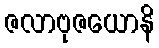
ဇလာဗုဇယောနိ